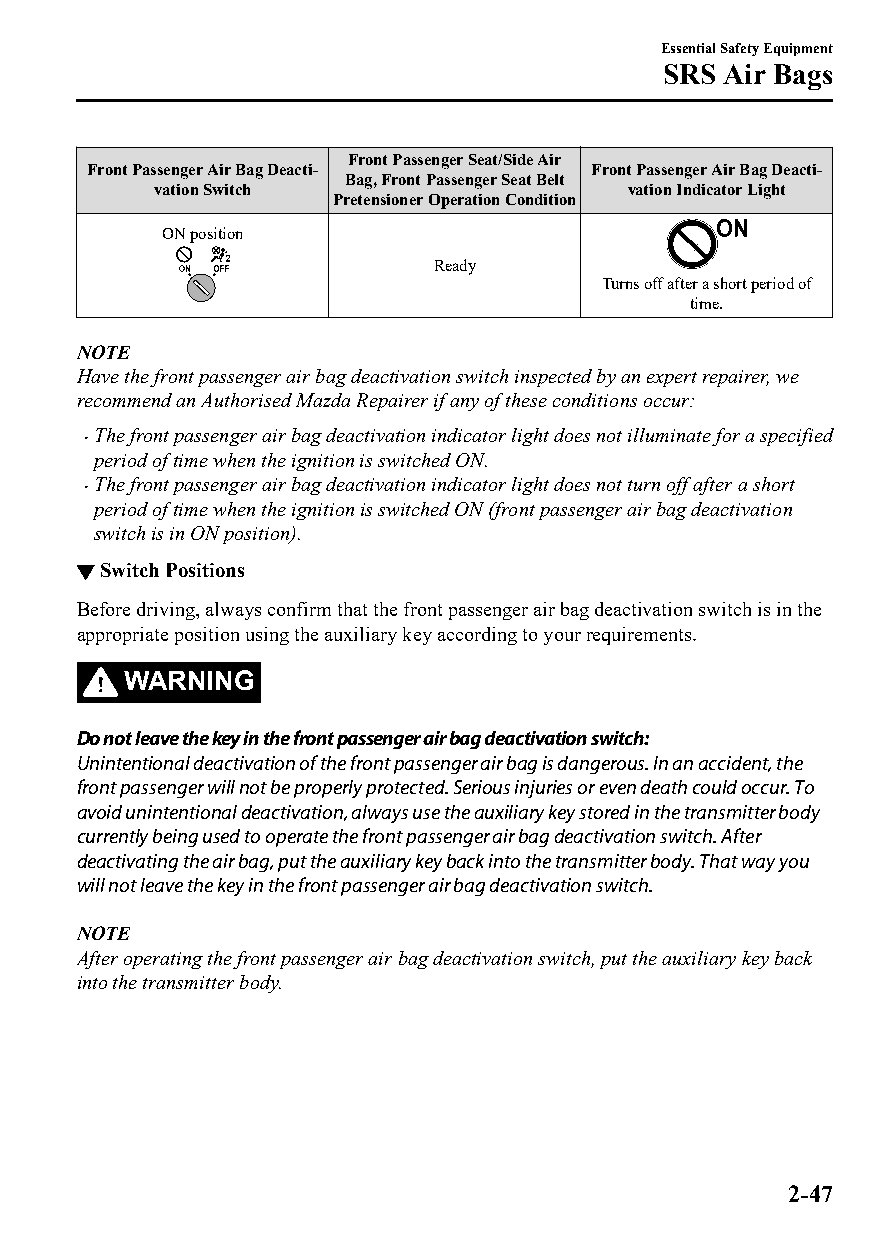
Essential Safety Equipment
 SRS Air Bags
 Front Passenger Seat/Side Air
 Front Passenger Air Bag Deacti‐  Front Passenger Air Bag Deacti‐
 Bag, Front Passenger Seat Belt
 vation Switch                  vation Indicator Light
 Pretensioner Operation Condition
 ON position
 Ready
 Turns off after a short period of
 time.
 NOTE
 Have the front passenger air bag deactivation switch inspected by an expert repairer, we
 recommend an Authorised Mazda Repairer if any of these conditions occur:
 The front passenger air bag deactivation indicator light does not illuminate for a specified
 
 period of time when the ignition is switched ON.
 The front passenger air bag deactivation indicator light does not turn off after a short
 
 period of time when the ignition is switched ON (front passenger air bag deactivation
 switch is in ON position).
 ▼Switch Positions
 Before driving, always confirm that the front passenger air bag deactivation switch is in the
 appropriate position using the auxiliary key according to your requirements.
 WARNING
 Do not leave the key in the front passenger air bag deactivation switch:
 Unintentional deactivation of the front passenger air bag is dangerous. In an accident, the
 front passenger will not be properly protected. Serious injuries or even death could occur. To
 avoid unintentional deactivation, always use the auxiliary key stored in the transmitter body
 currently being used to operate the front passenger air bag deactivation switch. After
 deactivating the air bag, put the auxiliary key back into the transmitter body. That way you
 will not leave the key in the front passenger air bag deactivation switch.
 NOTE
 After operating the front passenger air bag deactivation switch, put the auxiliary key back
 into the transmitter body.
 2-47
 CX-3_8GT4-EE-18D_Edition4                  2018-9-6 18:32:19